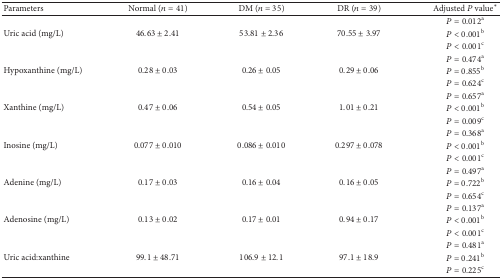
| Parameters | Normal (n = 41) | DM (n = 35) | DR (n = 39) | Adjusted P value* |
 | --- | --- | --- | --- | --- |
 | <ROWSPAN=3> Uric acid (mg/L) | <ROWSPAN=3> 46.63 ± 2.41 | <ROWSPAN=3> 53.81 ± 2.36 | <ROWSPAN=3> 70.55 ± 3.97 | P = 0.012a |
 | P < 0.001b |
 | P < 0.001c |
 | <ROWSPAN=3> Hypoxanthine (mg/L) | <ROWSPAN=3> 0.28 ± 0.03 | <ROWSPAN=3> 0.26 ± 0.05 | <ROWSPAN=3> 0.29 ± 0.06 | P = 0.474a |
 | P = 0.855b |
 | P = 0.624c |
 | <ROWSPAN=3> Xanthine (mg/L) | <ROWSPAN=3> 0.47 ± 0.06 | <ROWSPAN=3> 0.54 ± 0.05 | <ROWSPAN=3> 1.01 ± 0.21 | P = 0.657a |
 | P < 0.001b |
 | P = 0.009c |
 | <ROWSPAN=3> Inosine (mg/L) | <ROWSPAN=3> 0.077 ± 0.010 | <ROWSPAN=3> 0.086 ± 0.010 | <ROWSPAN=3> 0.297 ± 0.078 | P = 0.368a |
 | P < 0.001b |
 | P < 0.001c |
 | <ROWSPAN=3> Adenine (mg/L) | <ROWSPAN=3> 0.17 ± 0.03 | <ROWSPAN=3> 0.16 ± 0.04 | <ROWSPAN=3> 0.16 ± 0.05 | P = 0.497a |
 | P = 0.722b |
 | P = 0.654c |
 | <ROWSPAN=3> Adenosine (mg/L) | <ROWSPAN=3> 0.13 ± 0.02 | <ROWSPAN=3> 0.17 ± 0.01 | <ROWSPAN=3> 0.94 ± 0.17 | P = 0.137a |
 | P < 0.001b |
 | P < 0.001c |
 | <ROWSPAN=3> Uric acid : xanthine | <ROWSPAN=3> 99.1 ± 48.71 | <ROWSPAN=3> 106.9 ± 12.1 | <ROWSPAN=3> 97.1 ± 18.9 | P = 0.481a |
 | P = 0.241b |
 | P = 0.225c |